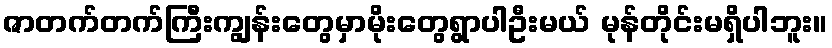
ဇာတက်တက်ကြီးကျွန်းတွေမှာမိုးတွေရွာပါဦးမယ် မုန်တိုင်းမရှိပါဘူး။